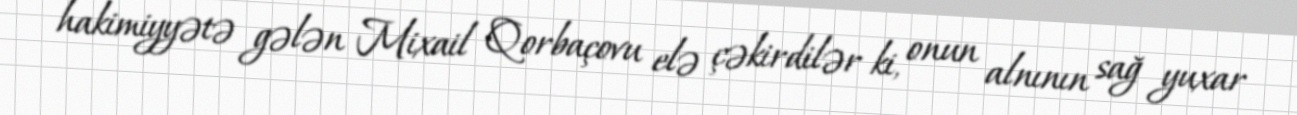
hakimiyyətə gələn Mixail Qorbaçovu elə çəkirdilər ki, onun alnının sağ yuxar